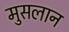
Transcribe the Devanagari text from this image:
मुसलान